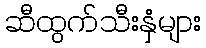
ဆီထွက်သီးနှံများ